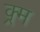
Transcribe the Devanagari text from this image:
क्र्म